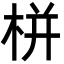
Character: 栟